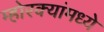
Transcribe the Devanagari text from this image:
म्होरक्यांमध्ये